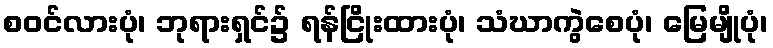
စဝင်လားပုံ၊ ဘုရားရှင်၌ ရန်ငြိုးထားပုံ၊ သံဃာကွဲစေပုံ၊ မြေမျိုပုံ၊